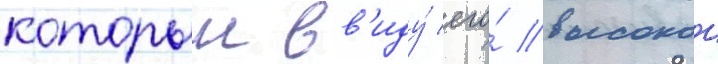
которыи вв'иду́ его́ высокои